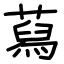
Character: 蕮